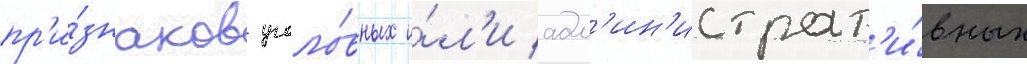
пр'и́знаков уголо́вных и́л'и адм'ин'истрат'и́вных